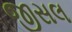
જીસલ